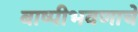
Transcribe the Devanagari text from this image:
बाष्पीभवणाचे